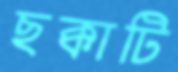
ছক্কাটি